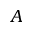
A